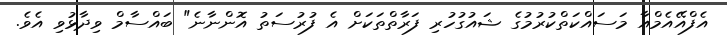
އެފްއޭއެމްއާ މަސައްކަތްކުރުމުގެ ޝައުގުހުރި ފަރާތްތަކަށް އެ ފުރުސަތު އޮންނާނެ" ބައްސާމް ވިދާޅުވި އެވެ.